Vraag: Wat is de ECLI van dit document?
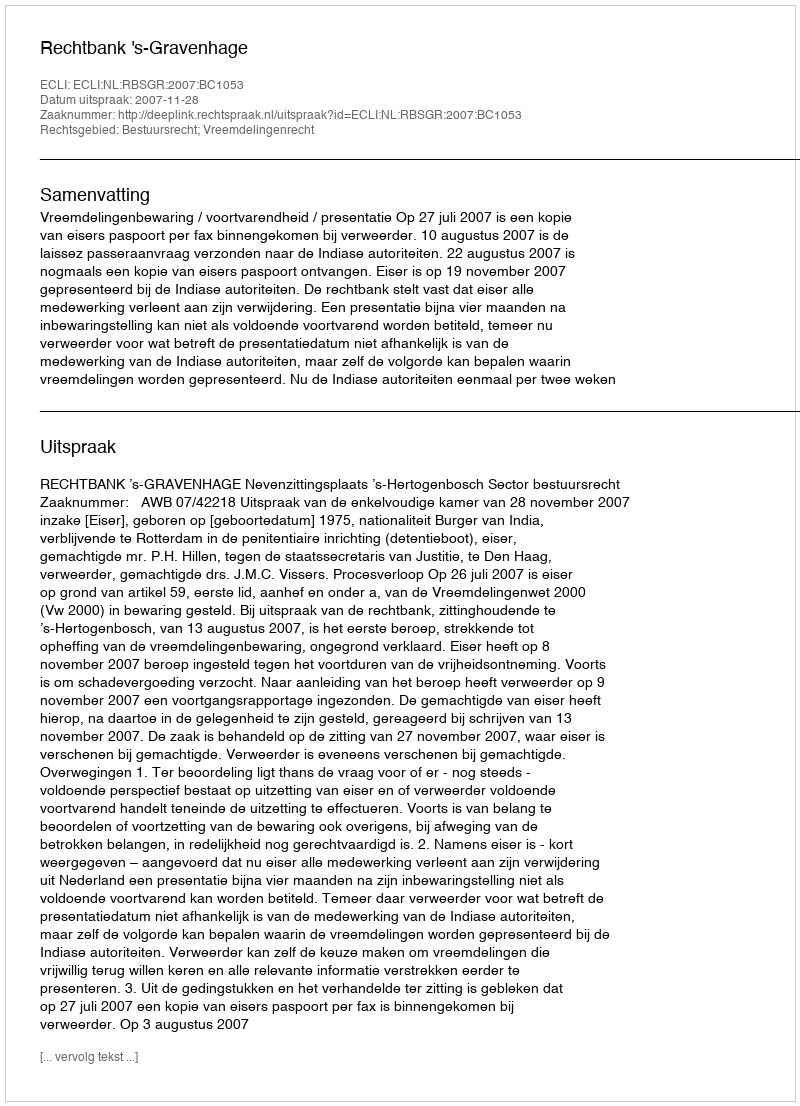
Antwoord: ECLI:NL:RBSGR:2007:BC1053